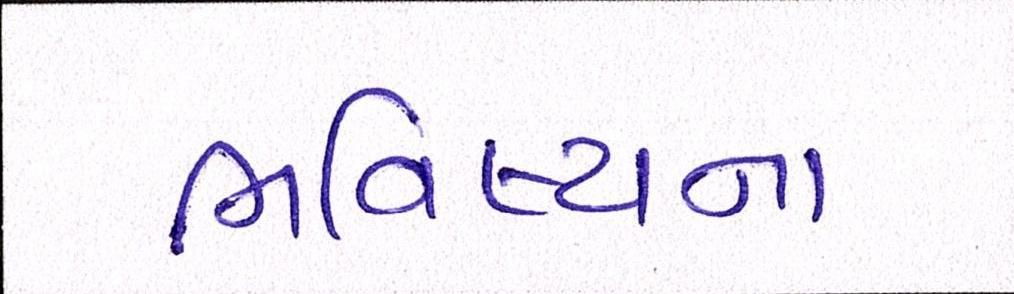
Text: ભવિષ્યના